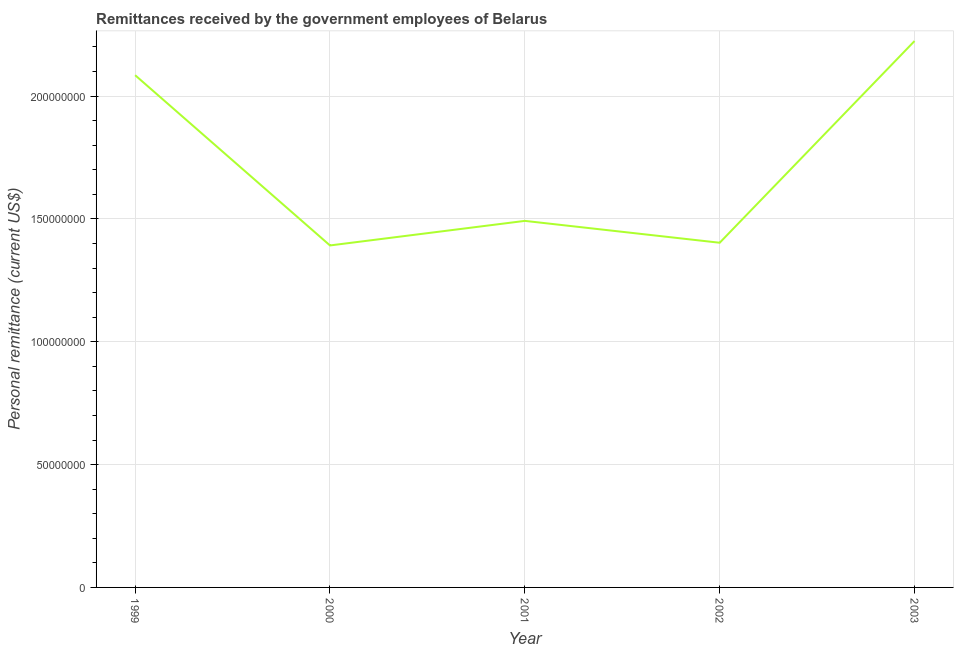
| Year | Personal remittances |
 | --- | --- |
 | 1999 | 2.08e+08 |
 | 2000 | 1.39e+08 |
 | 2001 | 1.49e+08 |
 | 2002 | 1.4e+08 |
 | 2003 | 2.22e+08 |